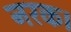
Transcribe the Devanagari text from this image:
नरक।